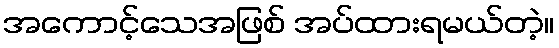
အကောင့်သေအဖြစ် အပ်ထားရမယ်တဲ့။